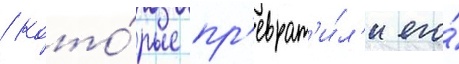
/ кото́рые пр'еврат'и́л'и его́